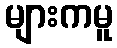
များကမူ